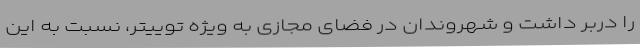
را دربر داشت و شهروندان در فضای مجازی به ویژه توییتر، نسبت به این